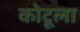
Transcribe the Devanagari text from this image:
कोटूला